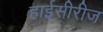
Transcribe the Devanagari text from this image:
हाईसीरीज